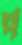
প